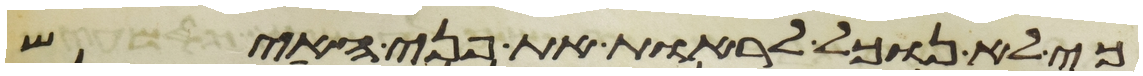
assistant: כי לא נוכל לראות את פני האיש